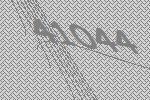
41044